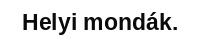
Helyi mondák.